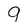
Character: 9